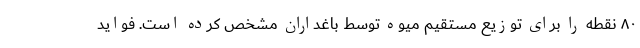
۸۰ نقطه را برای توزیع مستقیم میوه توسط باغداران مشخص کرده است. فواید